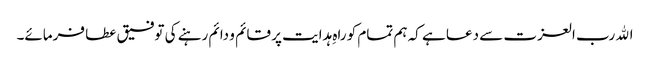
اﷲ رب العزت سے دعا ہے کہ ہم تمام کو راہِ ہدایت پر قائم و دائم رہنے کی توفیق عطا فرمائے۔